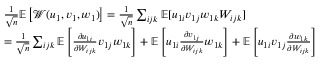
\begin{array} { r l } & { \frac { 1 } { \sqrt n } \mathbb { E } \left[ { \mathcal { W } } ( u _ { 1 } , v _ { 1 } , w _ { 1 } ) \right] = \frac { 1 } { \sqrt n } \sum _ { i j k } \mathbb { E } [ u _ { 1 i } v _ { 1 j } w _ { 1 k } W _ { i j k } ] } \\ & { = \frac { 1 } { \sqrt n } \sum _ { i j k } \mathbb { E } \left[ \frac { \partial u _ { 1 i } } { \partial W _ { i j k } } v _ { 1 j } w _ { 1 k } \right] + \mathbb { E } \left[ u _ { 1 i } \frac { \partial v _ { 1 j } } { \partial W _ { i j k } } w _ { 1 k } \right] + \mathbb { E } \left[ u _ { 1 i } v _ { 1 j } \frac { \partial w _ { 1 k } } { \partial W _ { i j k } } \right] } \end{array}